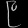
Digit: ၉